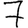
Digit: 7